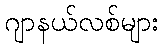
ဂျာနယ်လစ်များ